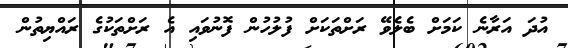
އުދަ އަރާނެ ކަމަށް ބެލެވޭ ރަށްތަކަށް ފުލުހުން ފޮނުވައި އެ ރަށްތަކުގެ ރައްޔިތުން